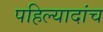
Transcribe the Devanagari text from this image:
पहिल्यादांच